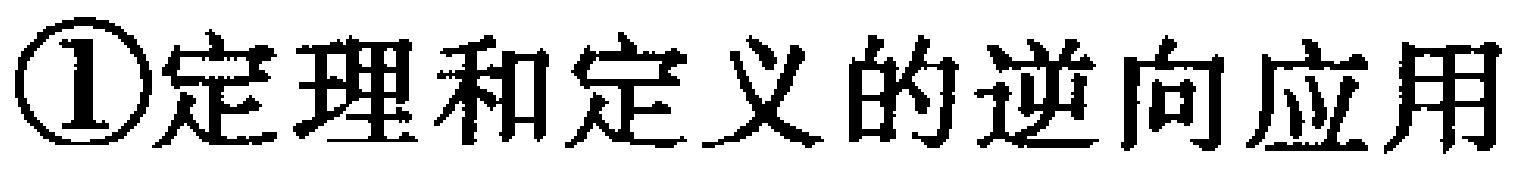
\textcircled{1}定理和定义的逆向应用